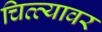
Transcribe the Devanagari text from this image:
चित्त्यावर